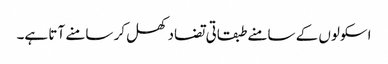
اسکولوں کے سامنے طبقاتی تضاد کھل کر سامنے آتا ہے۔